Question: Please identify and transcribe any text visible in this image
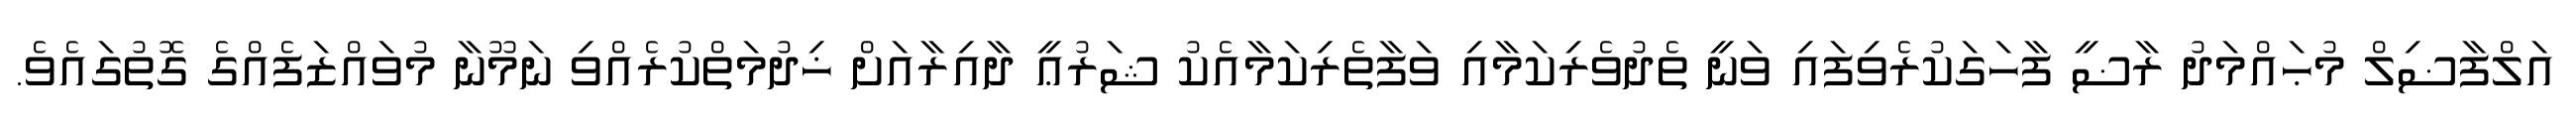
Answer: އަލްފާޟިލް މުޙައްމަދު ރާޟީ ފާހަގަކުރެވިފައި ވަނީ ތެދުވެރިކަމާއި ވަފާތެރިކަމާއެކު ޝަރުޢީ ދާއިރާއަށް ޚިދުމަތްކުރެއްވި ނަމޫނާ މުވައްޒަފެއްގެ ގޮތުގައެވެ.